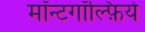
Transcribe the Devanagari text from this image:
मॉन्टगॉल्फ़िये